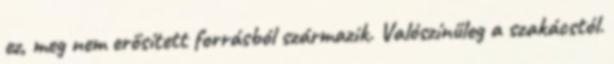
ez, meg nem erősített forrásból származik. Valószínűleg a szakácstól.